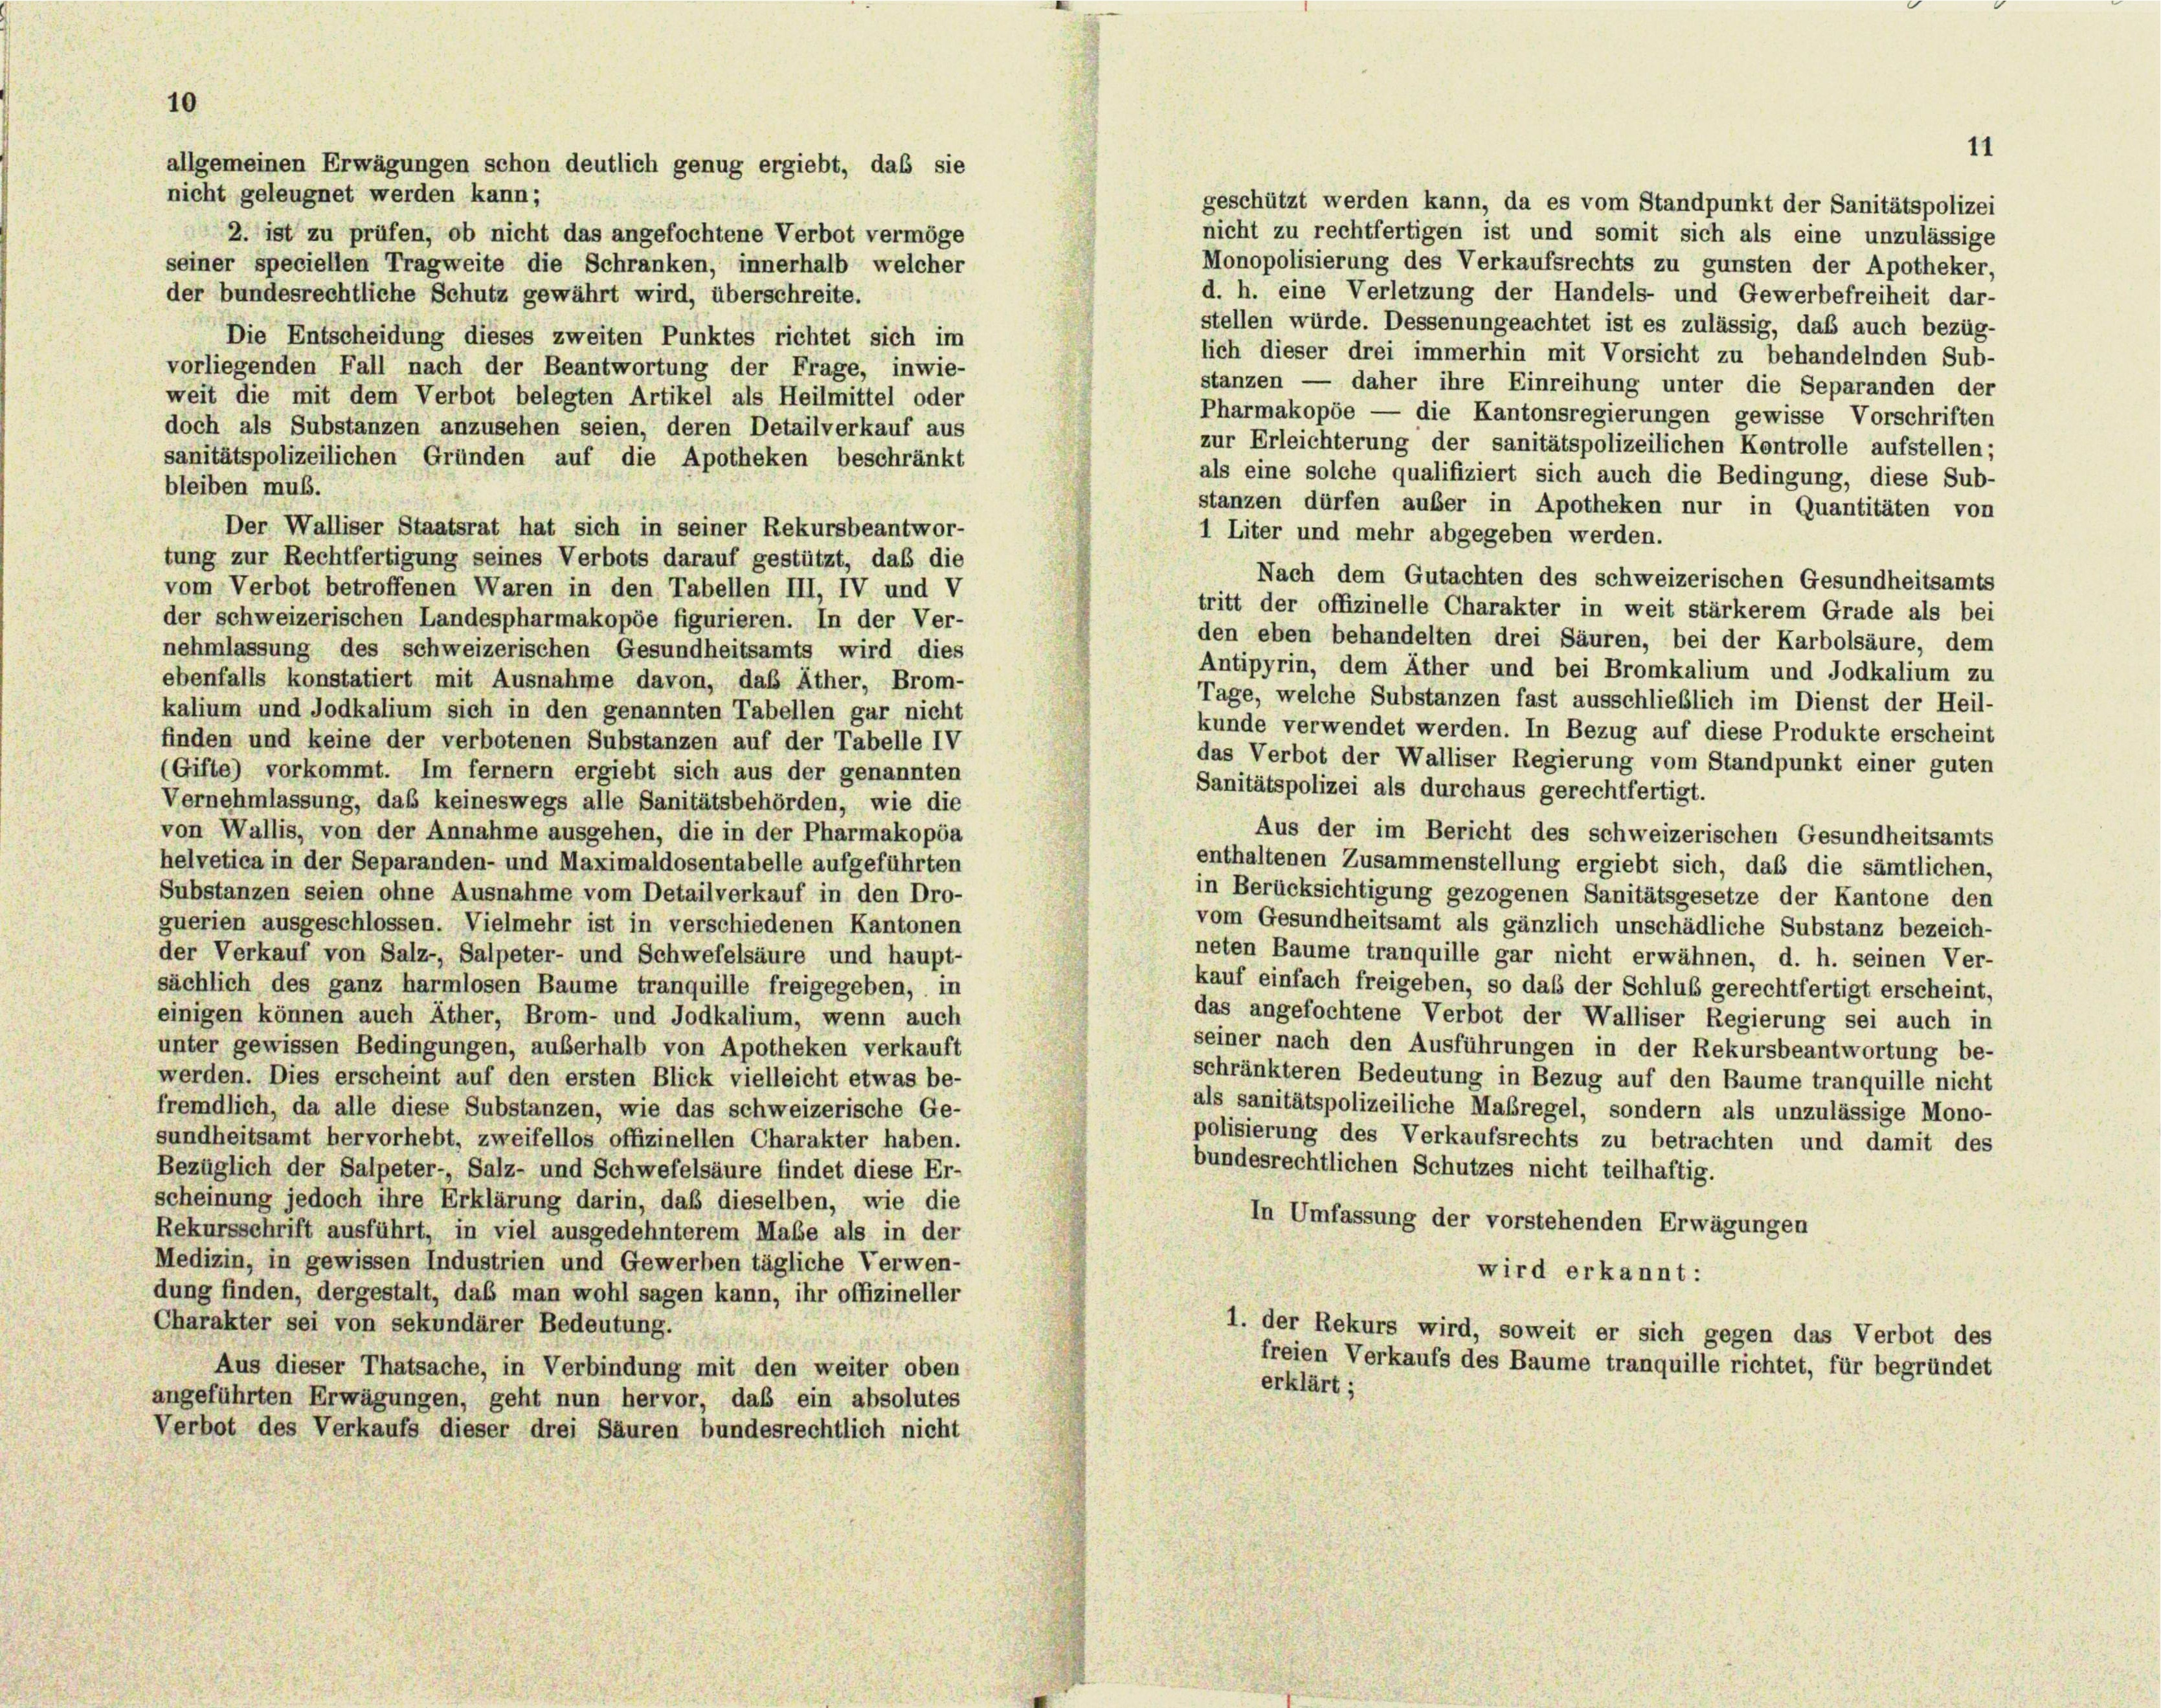
10
allgemeinen Erwägungen schon deutlich genug ergiebt, daß sie

11
nicht geleugnet werden kann;
geschützt werden kann, da es vom Standpunkt der Sanitätspolizei
nicht zu rechtfertigen ist und somit sich als eine unzulässige
2. ist zu prüfen, ob nicht das angefochtene Verbot vermöge
Monopolisierung des Verkaufsrechts zu gunsten der Apotheker,
seiner speciellen Tragweite die Schranken, innerhalb welcher
d. h. eine Verletzung der Handels- und Gewerbefreiheit dar-
der bundesrechtliche Schutz gewährt wird, überschreite.
stellen würde. Dessenungeachtet ist es zulässig, daß auch bezüg-
Die Entscheidung dieses zweiten Punktes richtet sich im
lich dieser drei immerhin mit Vorsicht zu behandelnden Sub-
vorliegenden Fall nach der Beantwortung der Frage, inwie-
stanzen — daher ihre Einreihung unter die Separanden der
weit die mit dem Verbot belegten Artikel als Heilmittel oder
Pharmakopöe — die Kantonsregierungen gewisse Vorschriften
doch als Substanzen anzusehen seien, deren Detailverkauf aus
zur Erleichterung der sanitätspolizeilichen Kontrolle aufstellen;
sanitätspolizeilichen Gründen auf die Apotheken beschränkt
als eine solche qualifiziert sich auch die Bedingung, diese Sub-
bleiben muss.
stanzen dürfen außer in Apotheken nur in Quantitäten von
Der Walliser Staatsrat hat sich in seiner Rekursbeantwor-
Liter und mehr abgegeben werden.
tung zur Rechtfertigung seines Verbots darauf gestützt, daß die
Nach dem Gutachten des schweizerischen Gesundheitsamts
vom Verbot betroffenen Waren in den Tabellen III, IV und V
tritt der offizinelle Charakter in weit stärkerem Grade als bei
der schweizerischen Landespharmakopöe figurieren. In der Ver-
den eben behandelten drei Säuren, bei der Karbolsäure, dem
nehmlassung des schweizerischen Gesundheitsamts wird dies
Antipyrin, dem Äther und bei Bromkalium und Jodkalium zu
ebenfalls konstatiert mit Ausnahme davon, das Äther, Brom-
Tage, welche Substanzen fast ausschließlich im Dienst der Heil-
kalium und Jodkalium sich in den genannten Tabellen gar nicht
kunde verwendet werden. In Bezug auf diese Produkte erscheint
finden und keine der verbotenen Substanzen auf der Tabelle IV
das Verbot der Walliser Regierung vom Standpunkt einer guten
(Gifte) vorkommt. Im fernem ergiebt sich aus der genannten
Sanitätspolizei als durchaus gerechtfertigt.
Vernehmlassung, daß keineswegs alle Sanitätsbehörden, wie die
von Wallis, von der Annahme ausgehen, die in der Pharmakopöa
Aus der im Bericht des schweizerischen Gesundheitsamts
helvetica in der Separanden- und Maximaldosentabelle aufgeführten
enthaltenen Zusammenstellung ergiebt sich, daß die sämtlichen,
Substanzen seien ohne Ausnahme vom Detailverkauf in den Dro-
in Berücksichtigung gezogenen Sanitätsgesetze der Kantone den
vom Gesundheitsamt als gänzlich unschädliche Substanz bezeich-
guerien ausgeschlossen. Vielmehr ist in verschiedenen Kantonen
der Verkauf von Salz-, Salpeter- und Schwefelsäure und haupt-
neten Baume tranquille gar nicht erwähnen, d. h. seinen Ver-
kauf einfach freigeben, so daß der Schluß gerechtfertigt erscheint,
sächlich des ganz harmlosen Baume tranquille freigegeben, in
das angefochtene Verbot der Walliser Regierung sei auch in
einigen können auch Äther, Brom- und Jodkalium, wenn auch
seiner nach den Ausführungen in der Rekursbeantwortung be-
unter gewissen Bedingungen, außerhalb von Apotheken verkauft
werden. Dies erscheint auf den ersten Blick vielleicht etwas be-
schränkteren Bedeutung in Bezug auf den Baume tranquille nicht
als sanitätspolizeiliche Maßregel, sondern als unzulässige Mono-
fremdlich, da alle diese Substanzen, wie das schweizerische Ge-
polisierung des Verkaufsrechts zu betrachten und damit des
sundheitsamt hervorhebt, zweifellos offizinellen Charakter haben.
bundesrechtlichen Schutzes nicht teilhaftig.
Bezüglich der Salpeter- Salz- und Schwefelsäure findet diese Er-
scheinung jedoch ihre Erklärung darin, daß dieselben, wie die
In Umfassung der vorstehenden Erwägungen
Rekursschrift ausführt, in viel ausgedehnterem Mabe als in der
Medizin, in gewissen Industrien und Gewerben tägliche Verwen-
wird erkannt:
dung finden, dergestalt, das man wohl sagen kann, ihr offizineller
Charakter sei von sekundärer Bedeutung.
1. der Rekurs wird, soweit er sich gegen das Verbot des
freien Verkaufs des Baume tranquille richtet, für begründet
Aus dieser Thatsache, in Verbindung mit den weiter oben
erklärt;
angeführten Erwägungen, geht nun hervor, daß ein absolutes
Verbot des Verkaufs dieser drei Säuren bundesrechtlich nicht